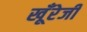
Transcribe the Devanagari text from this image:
खूँरेजी